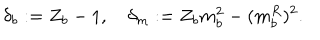
LaTeX: \delta _ { b } : = Z _ { b } - 1 , \quad \delta _ { m } : = Z _ { b } m _ { b } ^ { 2 } - ( m _ { b } ^ { R } ) ^ { 2 } .